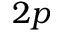
2 p